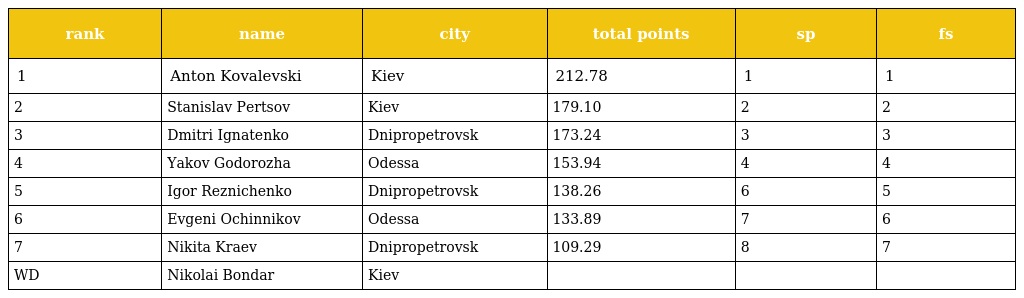
| rank | name | city | total points | sp | fs |
 | --- | --- | --- | --- | --- | --- |
 | 1 | Anton Kovalevski | Kiev | 212.78 | 1 | 1 |
 | 2 | Stanislav Pertsov | Kiev | 179.10 | 2 | 2 |
 | 3 | Dmitri Ignatenko | Dnipropetrovsk | 173.24 | 3 | 3 |
 | 4 | Yakov Godorozha | Odessa | 153.94 | 4 | 4 |
 | 5 | Igor Reznichenko | Dnipropetrovsk | 138.26 | 6 | 5 |
 | 6 | Evgeni Ochinnikov | Odessa | 133.89 | 7 | 6 |
 | 7 | Nikita Kraev | Dnipropetrovsk | 109.29 | 8 | 7 |
 | WD | Nikolai Bondar | Kiev |  |  |  |